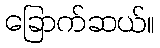
ခြောက်ဆယ်။